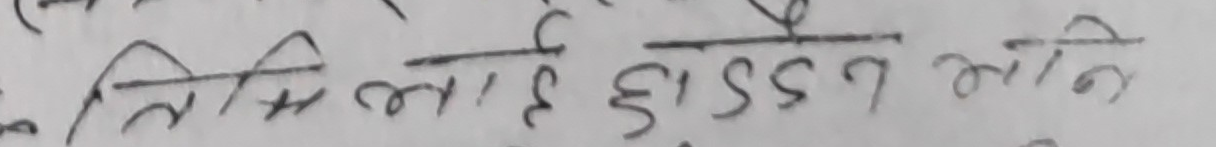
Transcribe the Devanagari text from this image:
कि तिमी लाई छुड्डेन अनि